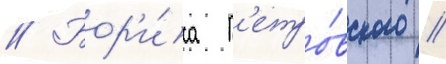
// Бор'и́са п'етро́вского //